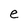
Character: e